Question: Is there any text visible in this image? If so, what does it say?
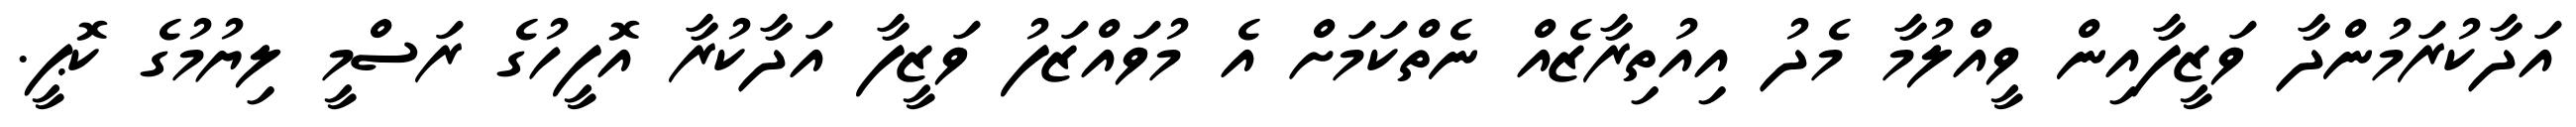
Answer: އަދާކުރަމުންދާ ވަޒީފާއިން ވީއްލުމާ މެދު އިއުތިރާޒެއް ނެތްކަމަށް އެ މުވައްޒަފު ވަޒީފާ އަދާކުރާ އޮފީހުގެ ރަސްމީ ލިޔުމުގެ ކޮޕީ.